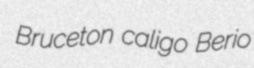
Bruceton caligo Berio